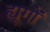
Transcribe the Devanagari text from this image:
ह्यूगों